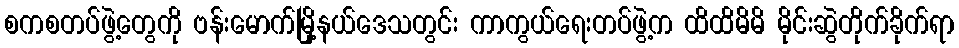
စကစတပ်ဖွဲ့တွေကို ဗန်းမောက်မြို့နယ်ဒေသတွင်း ကာကွယ်ရေးတပ်ဖွဲ့က ထိထိမိမိ မိုင်းဆွဲတိုက်ခိုက်ရာ